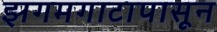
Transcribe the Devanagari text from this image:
झगमगाटापासून